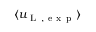
\langle u _ { \mathrm { ~ L ~ , ~ e ~ x ~ p ~ } } \rangle